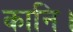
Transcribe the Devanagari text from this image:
कानि।